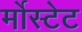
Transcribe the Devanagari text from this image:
र्मोस्टेट